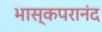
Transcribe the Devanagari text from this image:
भास्कपरानंद